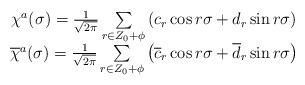
LaTeX: \begin{align*}\begin{array}{ccc}\chi ^a(\sigma )=\frac 1{\sqrt{2\pi }}\sum\limits_{r\in Z_0+\phi }\left(c_r\cos {r\sigma }+d_r\sin {r\sigma }\right) & & \\ \overline{\chi }^a(\sigma )=\frac 1{\sqrt{2\pi }}\sum\limits_{r\in Z_0+\phi}\left( \overline{c}_r\cos {r\sigma }+\overline{d}_r\sin {r\sigma }\right) & & \end{array}\end{align*}